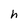
Character: h